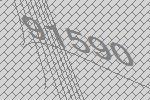
91590